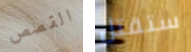
القصص ستقتل